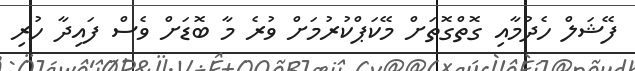
ފޭޝަލް ހެދުމާއި ގޮތްގޮތަށް މޭކަޕްކުރުމަށް ވުރެ މާ ބޮޑަށް ވެސް ފައިދާ ހުރި